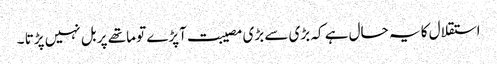
استقلال کا یہ حال ہے کہ بڑی سے بڑی مصیبت آپڑے تو ماتھے پر بل نہیں پڑتا ۔